NAE_EAA_P-553_Koit_kolhoos, lk 7
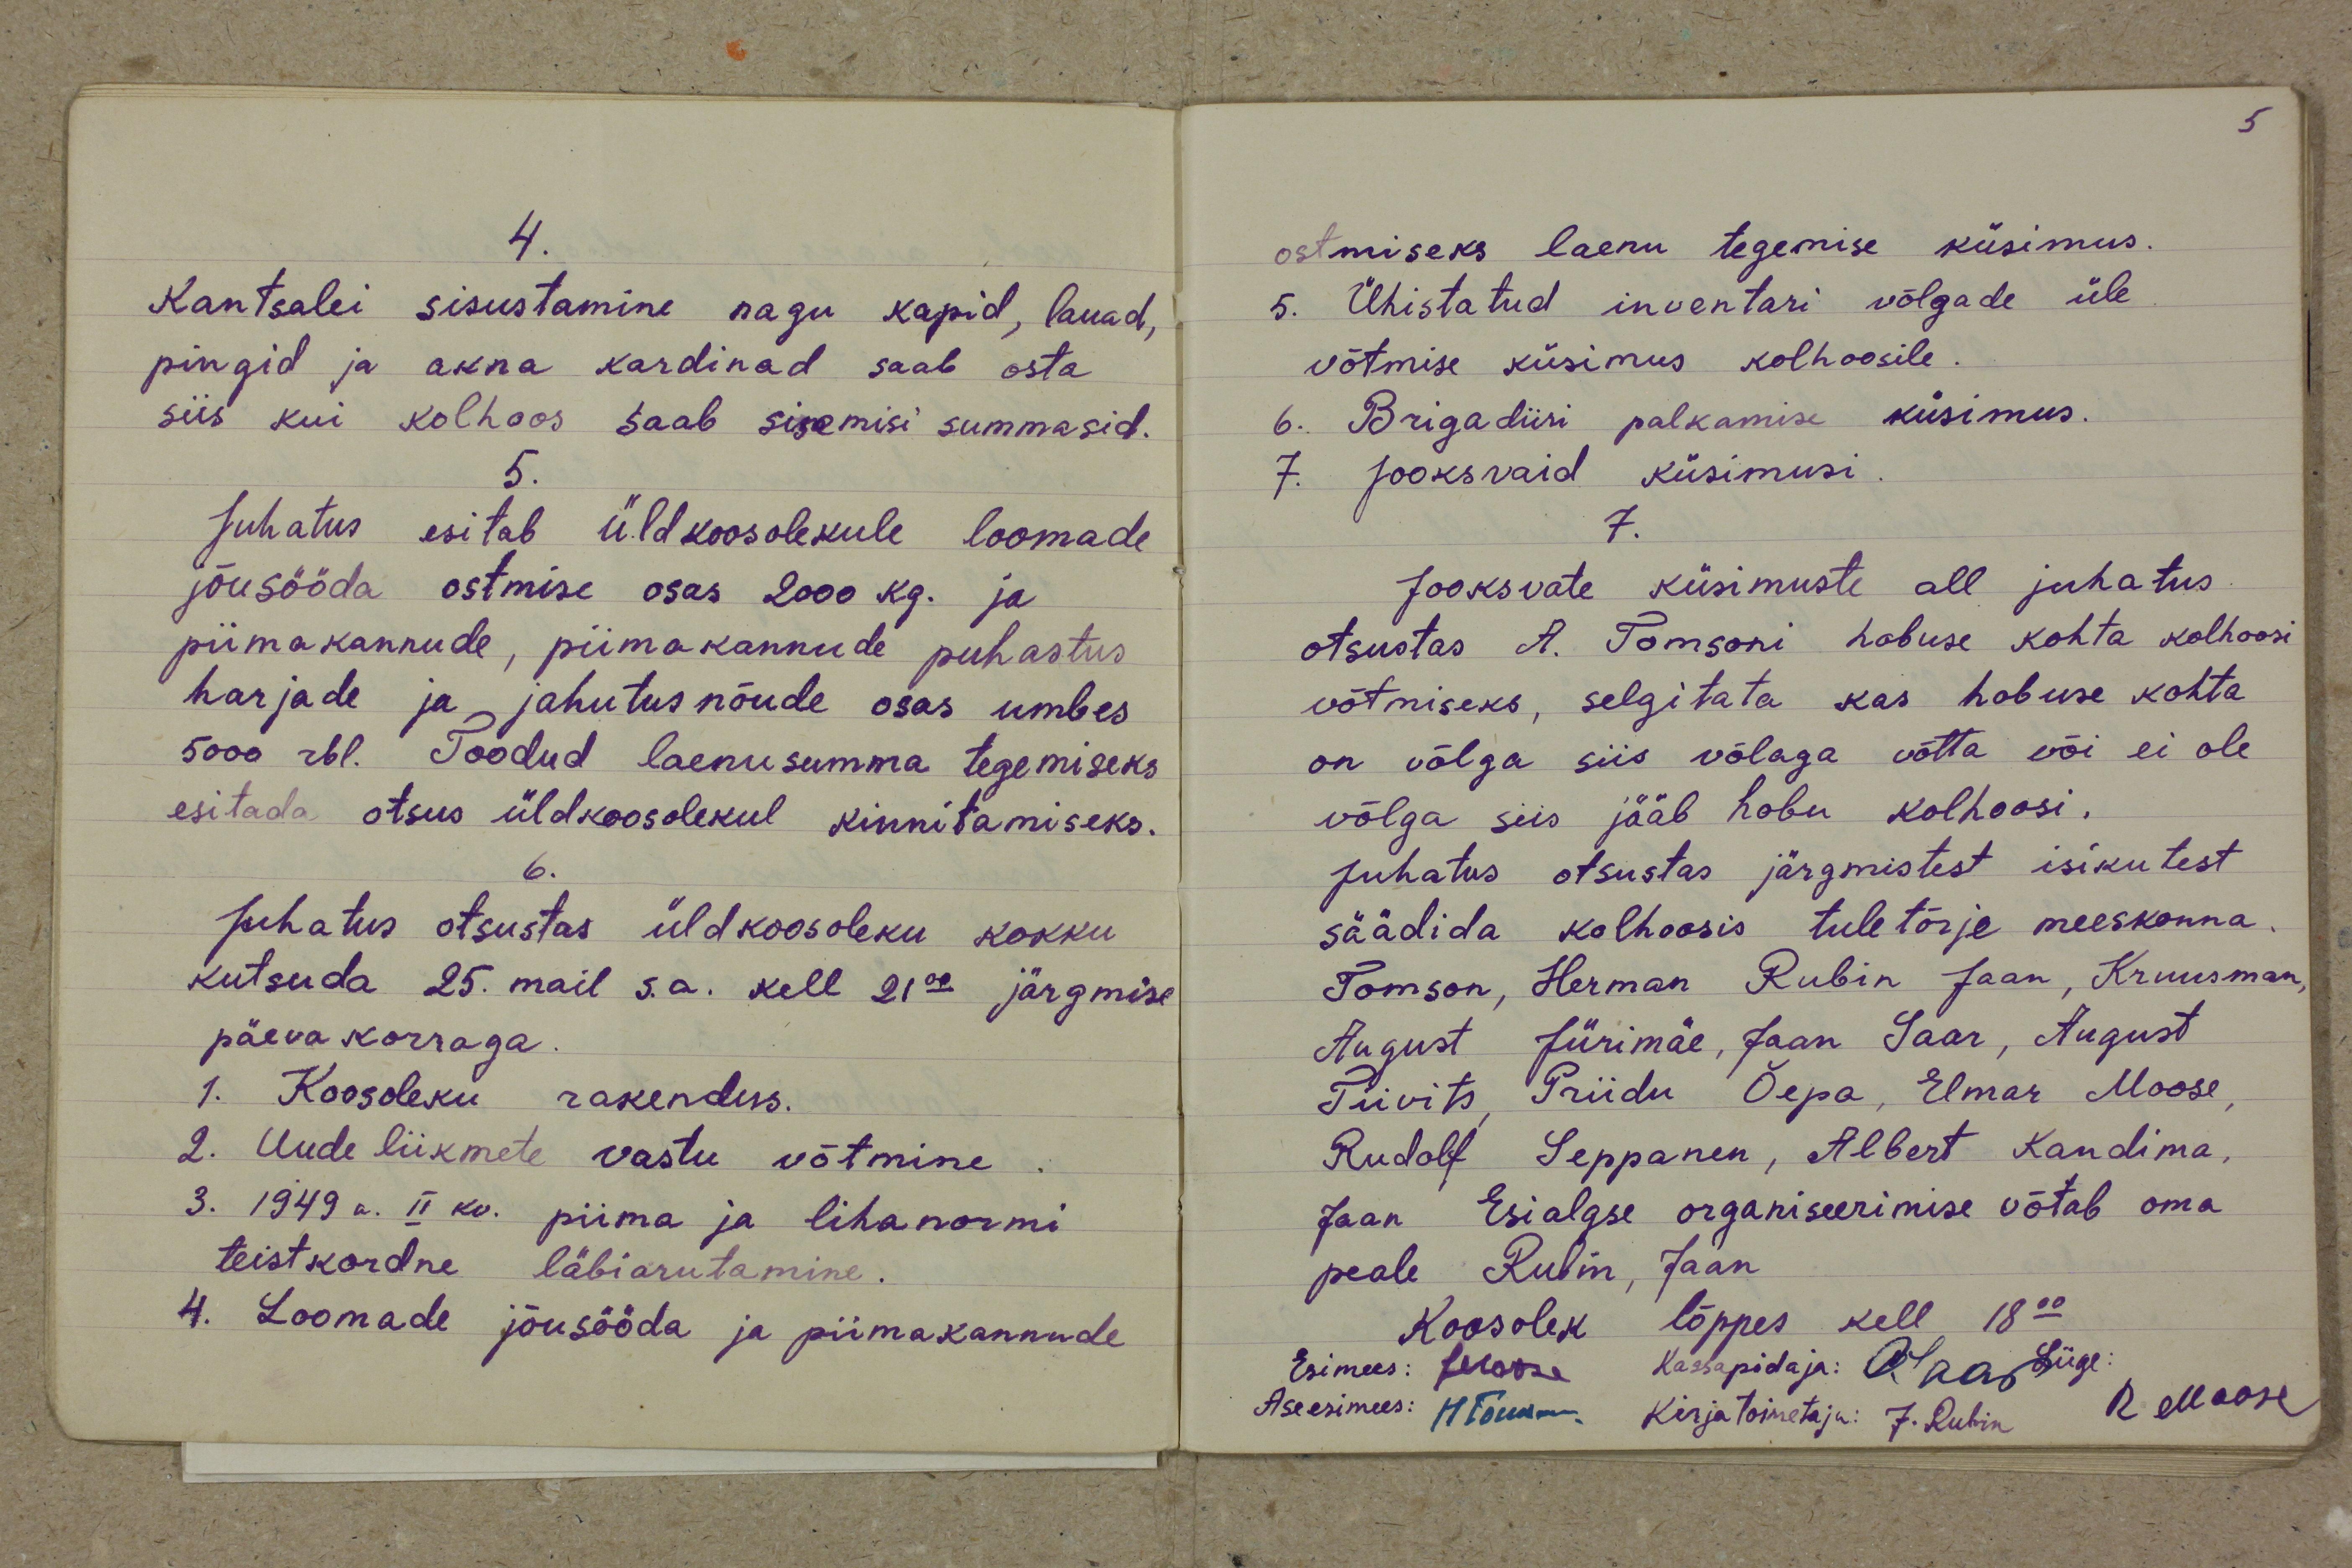
4.
Kantselei sisustamine nagu kapid, lauad,
pingid ja akna kardinad saab osta
siis kui kolhoos saab sisemisi summasid.
5.
Juhatus esitab üldkoosolekule loomade
jõusööda ostmise osas 2000 kg. ja
piimakannude, piimakannude puhastus
harjade ja jahutusnõude osas umbes
5000 rbl. Toodud laenusumma tegemiseks
esitada otsus üldkoosolekul kinnitamiseks.
6.
Juhatus otsustas üldkoosoleku kokku
kutsuda 25. mail s.a. kell 21.00 järgmise
päevakorraga.
1. Koosoleku rakendus.
2. Uude liikmete vastu võtmine.
3. 1949 a. II kv. piima ja lihanormi
teistkordne läbiarutamine.
4. Loomade jõusööda ja piimakannude

ostmiseks laenu tegemise küsimus.
5. Ühistatud inventari võlgade üle
võtmise küsimus kolhoosile.
6. Brigadiiri palkamise küsimus.
7. Jooksvaid küsimusi.
7.
Jooksvate küsimuste all juhatus
otsustas A. Tomsoni hobuse kohta kolhoosi
võtmiseks, selgitata kas hobuse kohta
on võlga siis võlaga võtta või ei ole
võlga siis jääb hobu kolhoosi.
Juhatus otsustas järgmistest isikutest
säädida kolhoosis tuletõrje meeskonna.
Tomson, Herman Rubin Jaan, Kruusman,
August Jürimäe, Jaan Saar, August
Tiivits Priidu Õepa, Elmar Moose,
Rudolf Seppanen, Albert Kandima,
Jaan Esialgse organiseerimise võtab oma
peale Rubin, Jaan
Koosolek lõppes kell 18.00
Esimees: JMoose Kassapidaja: OSaar Liige:
Aseesimees: HTomson Kirjatoimetaja: J. Rubin RMoose